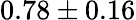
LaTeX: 0.78\pm 0.16